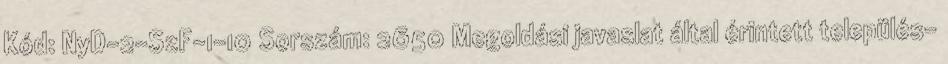
Kód: NyD-2-SzF-1-10 Sorszám: 2650 Megoldási javaslat által érintett település-